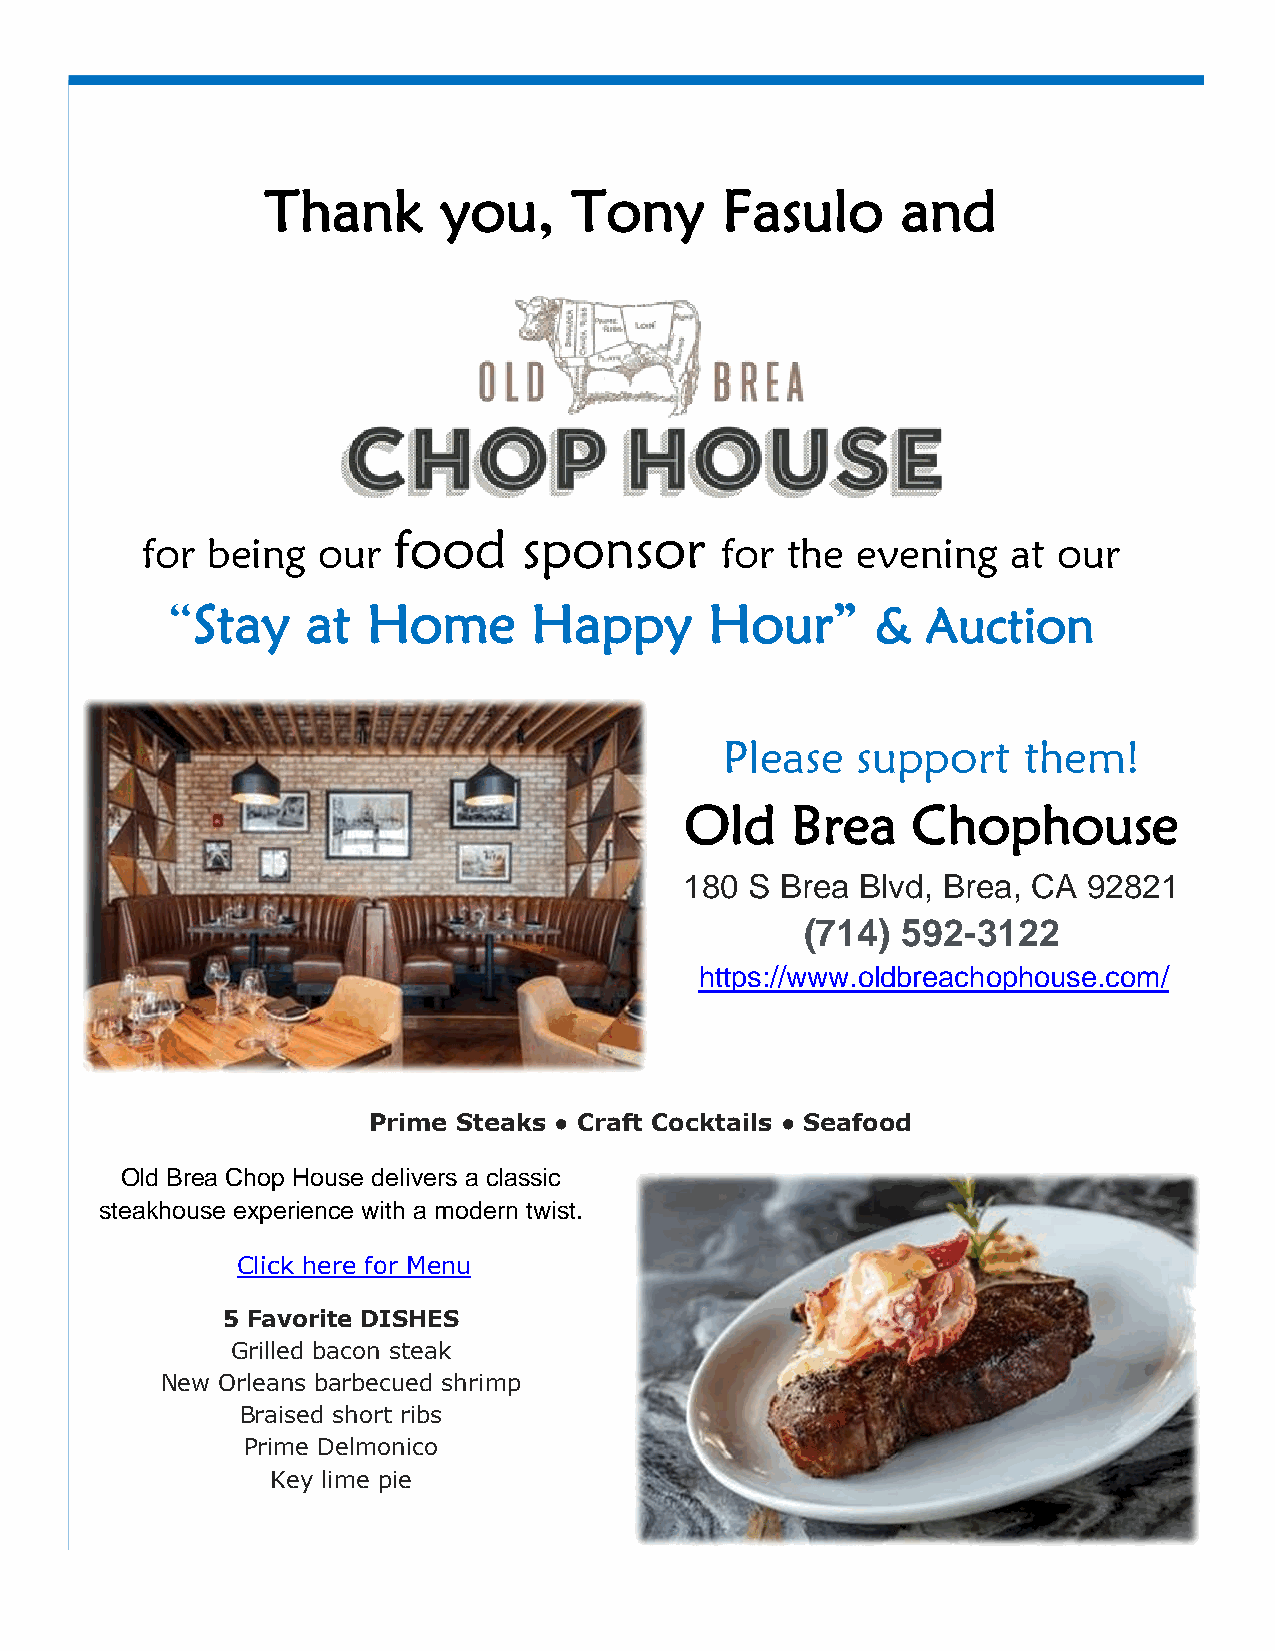
Thank      you,     Tony      Fasulo      and
 food     sponsor
 for  being  our                        for the  evening   at our
 “Stay    at  Home       Happy       Hour”      &  Auction
 Please   support    them!
 Old    Brea    Chophouse
 180  S Brea Blvd, Brea, CA 92821
 (714)  592-3122
 https://www.oldbreachophouse.com/
 Prime Steaks ● Craft Cocktails ● Seafood
 Old Brea Chop House delivers a classic
 steakhouse experience with a modern twist.
 Click here for Menu
 5 Favorite DISHES
 Grilled bacon steak
 New Orleans barbecued shrimp
 Braised short ribs
 Prime Delmonico
 Key lime pie